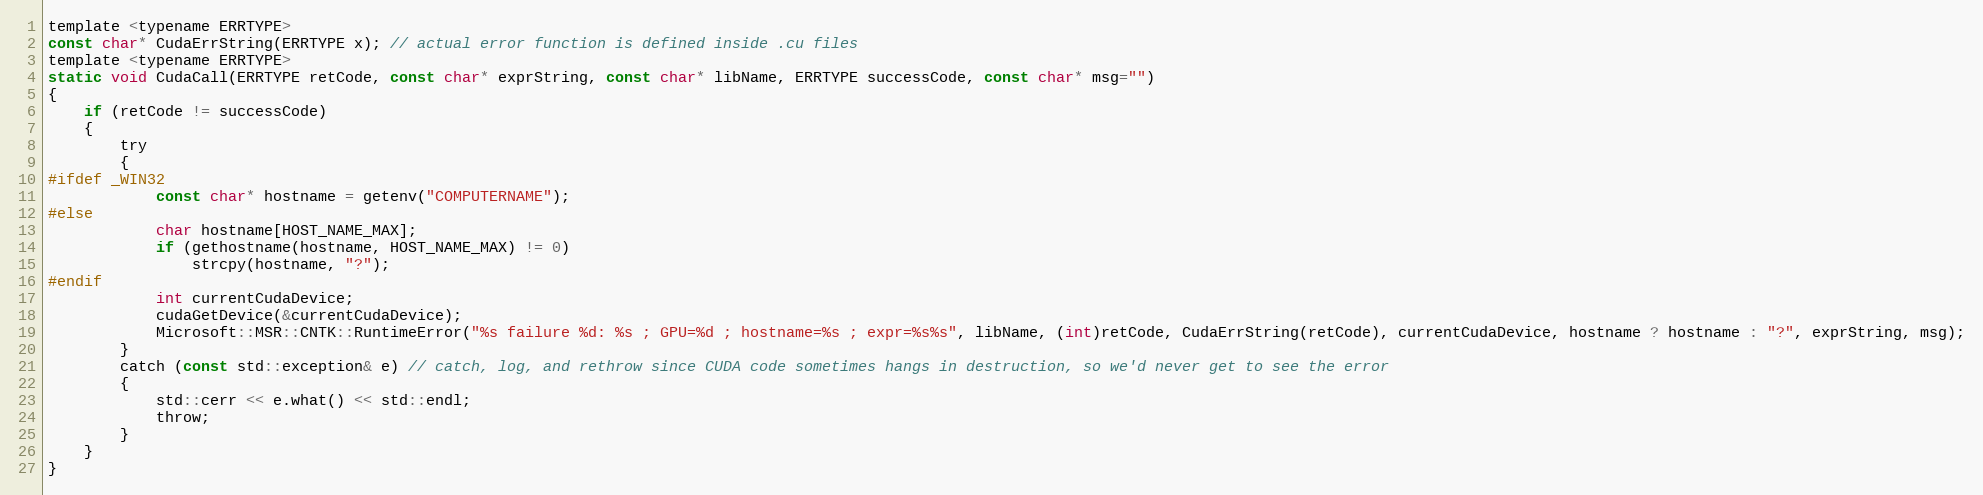
Language: C
template <typename ERRTYPE>
const char* CudaErrString(ERRTYPE x); // actual error function is defined inside .cu files
template <typename ERRTYPE>
static void CudaCall(ERRTYPE retCode, const char* exprString, const char* libName, ERRTYPE successCode, const char* msg="")
{
    if (retCode != successCode)
    {
        try
        {
#ifdef _WIN32
            const char* hostname = getenv("COMPUTERNAME");
#else
            char hostname[HOST_NAME_MAX];
            if (gethostname(hostname, HOST_NAME_MAX) != 0)
                strcpy(hostname, "?");
#endif
            int currentCudaDevice;
            cudaGetDevice(&currentCudaDevice);
            Microsoft::MSR::CNTK::RuntimeError("%s failure %d: %s ; GPU=%d ; hostname=%s ; expr=%s%s", libName, (int)retCode, CudaErrString(retCode), currentCudaDevice, hostname ? hostname : "?", exprString, msg);
        }
        catch (const std::exception& e) // catch, log, and rethrow since CUDA code sometimes hangs in destruction, so we'd never get to see the error
        {
            std::cerr << e.what() << std::endl;
            throw;
        }
    }
}